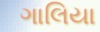
ગાલિયા